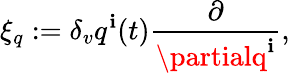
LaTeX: \xi_{q}:=\delta_{v}q^{\mathbf{i}}(t)\frac{{\partial}}{{\partialq^{\mathbf{i}}}},